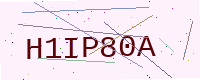
Text: H1IP80A